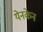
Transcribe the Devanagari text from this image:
येनकेन